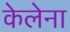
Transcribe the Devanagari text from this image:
केलेना